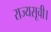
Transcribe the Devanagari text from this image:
राज्यसूची।